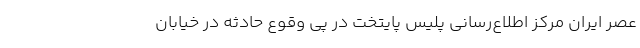
عصر ایران مرکز اطلاع‌رسانی پلیس پایتخت در پی وقوع حادثه در خیابان